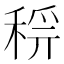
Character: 𥟝